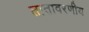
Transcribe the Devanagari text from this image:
तातावरणीय